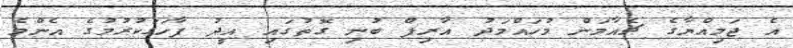
އެ ޖަމިއްޔާގެ ޗެއާމަން މުހައްމަދު އާރިފް ބުނި ގޮތުގައި އީދު ފާހަގަކުރުމުގެ އެންމެ